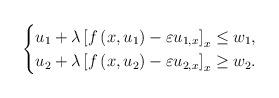
LaTeX: \begin{align*} \begin{cases} u_{1}+\lambda\left[f\left(x,u_{1}\right)-\varepsilon u_{1,x}\right]_{x}\le w_{1},\\ u_{2}+\lambda\left[f\left(x,u_{2}\right)-\varepsilon u_{2,x}\right]_{x}\ge w_{2}. \end{cases} \end{align*}